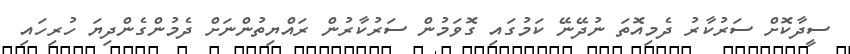
ސީދާކޮށް ސަރުކާރު ދެމިއޮތަ ނުދޭނޭ ކަމުގައި ގޮވަމުން ސަރުކާރުން ރައްޔިތުންނަށް ދެމުންގެންދިޔަ ހުރިހައި